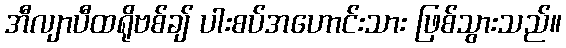
အီလျာပီထရိုဗစ်ချ် ပါးစပ်အဟောင်းသား ဖြစ်သွားသည်။